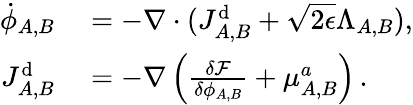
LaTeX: \begin{array}{rl}{\dot{\phi}_{A,B}}&{{}=-\nabla\cdot(J_{A,B}^{\mathrm{d}}+\sqrt{2\epsilon}\Lambda_{A,B}),}\\ {J_{A,B}^{\mathrm{d}}}&{{}=-\nabla\left(\frac{\delta\mathcal{F}}{\delta\phi_{A,B}}+\mu_{A,B}^{a}\right)\, .}\end{array}